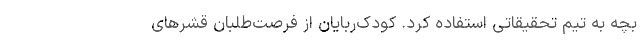
بچه به تیم تحقیقاتی استفاده کرد. کودک‌ربایان از فرصت‌طلبان قشرهای